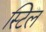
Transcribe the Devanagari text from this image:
स्‍टिल